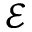
\mathcal { E }